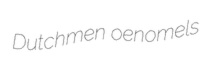
Dutchmen oenomels